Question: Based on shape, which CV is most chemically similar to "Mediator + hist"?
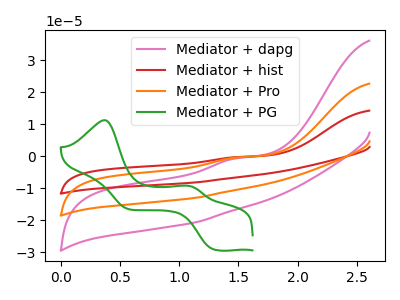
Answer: <think>The pink curve "Mediator + dapg" has an anodic peak at: (1.50V, -0.60uA). The red curve "Mediator + hist" has an anodic peak at: (1.50V, -0.75uA). The orange curve "Mediator + Pro" has an anodic peak at: (1.50V, -0.40uA). The green curve "Mediator + PG" has anodic peaks at (0.35V, 11.30uA) (1.05V, -9.20uA) and cathodic peaks at (1.30V, -29.05uA) (0.55V, -16.40uA).
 All the peaks in "Mediator + dapg" have a peak in "Mediator + hist" at the same potential. Every peak in "Mediator + dapg" is higher than every peak in "Mediator + hist". All the peaks in "Mediator + dapg" have a peak in "Mediator + Pro" at the same potential. Every peak in "Mediator + dapg" is lower than every peak in "Mediator + Pro". "Mediator + dapg" and "Mediator + PG" have a different number of peaks. All the peaks in "Mediator + hist" have a peak in "Mediator + Pro" at the same potential. Every peak in "Mediator + hist" is lower than every peak in "Mediator + Pro". "Mediator + hist" and "Mediator + PG" have a different number of peaks. "Mediator + Pro" and "Mediator + PG" have a different number of peaks.</think>
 <answer>"Mediator + hist" and "Mediator + Pro" have a similar shape to "Mediator + dapg".</answer>
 <eval>"Mediator + hist" "Mediator + Pro"</eval>